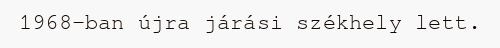
1968-ban újra járási székhely lett.